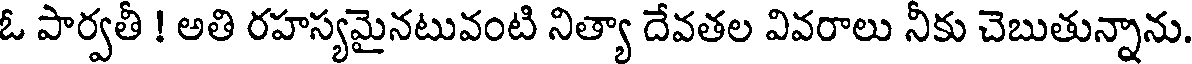
ఓ పార్వతీ ! అతి రహస్యమైనటువంటి నిత్యా దేవతల వివరాలు నీకు చెబుతున్నాను.